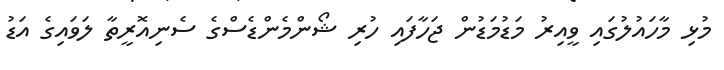
މުޅި މާހައުލުގައި ވީއިރު މަޑުމަޑުން ޖަހާފައި ހުރި ޝޯންމެންޑެސްގެ ސެނިއޮރީތާ ލަވައިގެ އަޑު